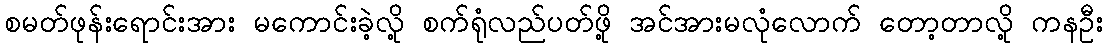
စမတ်ဖုန်းရောင်းအား မကောင်းခဲ့လို့ စက်ရုံလည်ပတ်ဖို့ အင်အားမလုံလောက် တော့တာလို့ ကနဦး